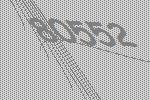
80552